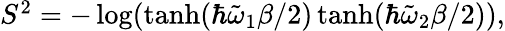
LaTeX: \begin{array}{r}{S^{2}=-\log(\operatorname{tanh}(\hbar\tilde{\omega}_{1}\beta/2)\operatorname{tanh}(\hbar\tilde{\omega}_{2}\beta/2)),}\end{array}